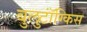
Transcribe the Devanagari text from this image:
बुलुटॉंग्किस